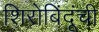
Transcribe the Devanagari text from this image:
शिरोबिंदूंची